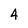
Character: 4